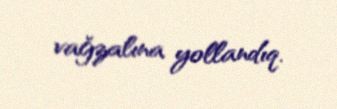
vağzalına yollandıq.